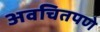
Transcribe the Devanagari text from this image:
अवचितपणे